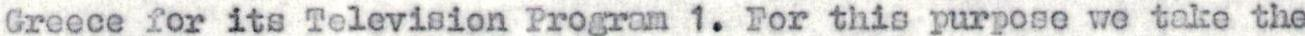
Greece for its Television Program 1. For this purpose we take the